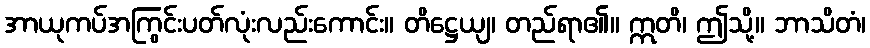
အာယုကပ်အကြွင်းပတ်လုံးလည်းကောင်း။ တိဋ္ဌေယျ၊ တည်ရာ၏။ ဣတိ၊ ဤသို့။ ဘာသိတံ၊